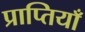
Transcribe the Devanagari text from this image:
प्राप्तियाँ